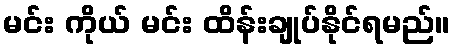
မင်း ကိုယ် မင်း ထိန်းချုပ်နိုင်ရမည်။